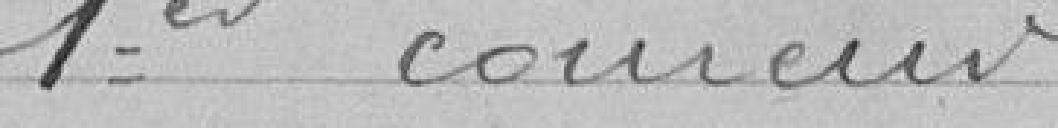
1er coureur